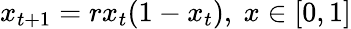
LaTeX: x_{t+1}=rx_{t}(1-x_{t}),\ x\in[0,1]